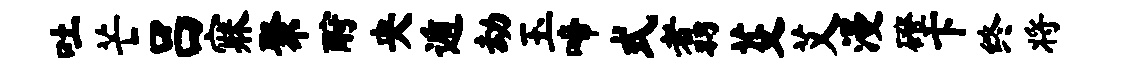
吐芒吕寐聚酹央遁劫玉啼式翥芟艾漫磴卞终将